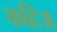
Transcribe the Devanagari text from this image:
कहिअ